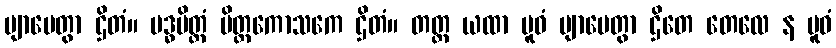
ဗျာပေတွာ ဌိတံ။ ဗဒ္ဓပိတ္တံ ပိတ္တကောသကေ ဌိတံ။ တတ္ထ ယထာ ပူဝံ ဗျာပေတွာ ဌိတေ တေလေ န ပူဝံ